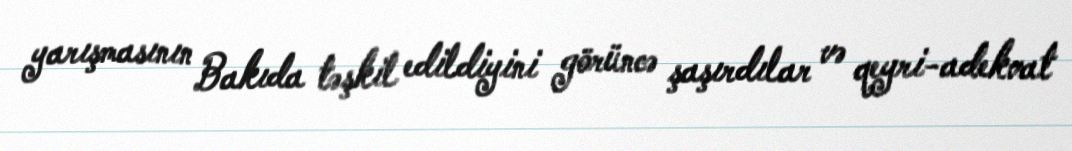
yarışmasının Bakıda təşkil edildiyini görüncə şaşırdılar və qeyri-adekvat